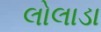
લોલાડા